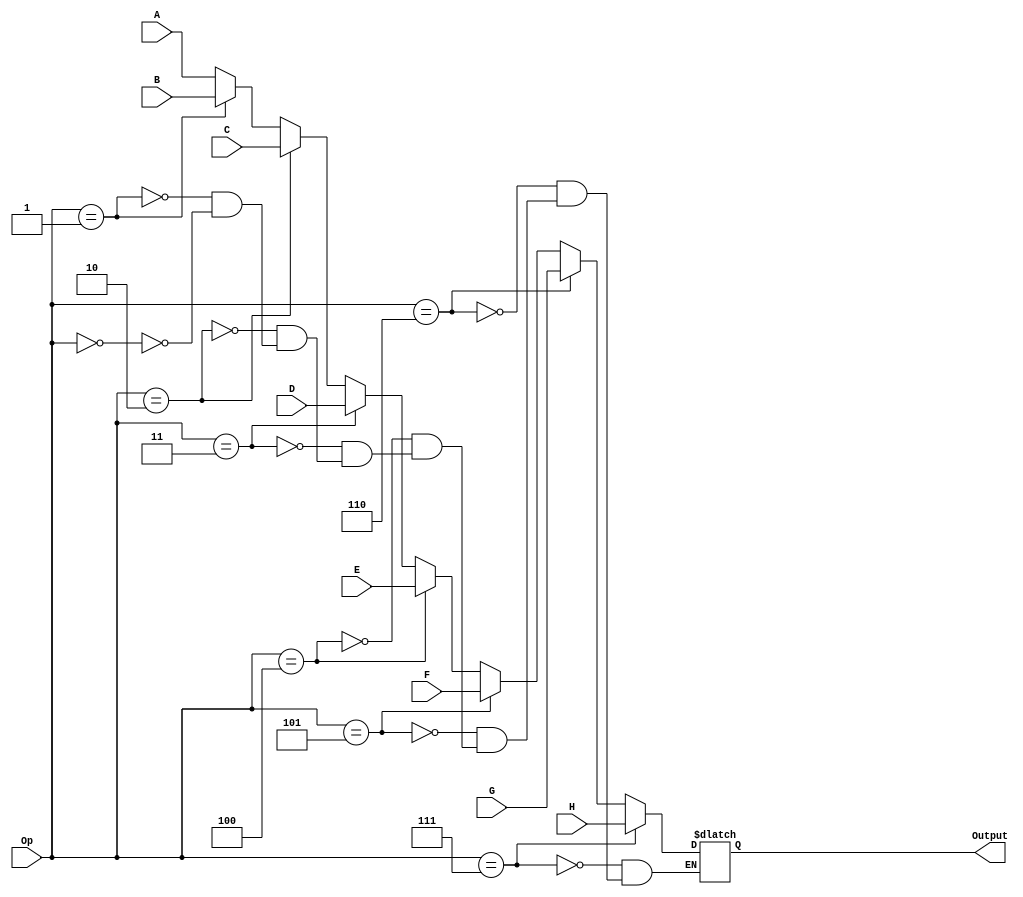
`timescale 1ns / 1ps
//////////////////////////////////////////////////////////////////////////////////
// Company: 
// Engineer: 
// 
// Design Name: 
// Module Name:    mux_16b_8input 
// Project Name: 
// Target Devices: 
// Tool versions: 
// Description: 
//
// Dependencies: 
//
// Revision: 
// Revision 0.01 - File Created
// Additional Comments: 
//
//////////////////////////////////////////////////////////////////////////////////
module mux_16b_8input(
    input [15:0] A,
    input [15:0] B,
    input [15:0] C,
    input [15:0] D,
    input [15:0] E,
    input [15:0] F,
    input [15:0] G,
    input [15:0] H,
    input [2:0] Op,
    output [15:0] Output
    );

reg [15:0] out;
	 assign Output = out;
always @ (*) begin
	if (Op == 0)
	out = A;
	
	if (Op == 1)
	out = B;
	
	if (Op == 2)
	out = C;
	
	if (Op == 3)
	out = D;
	
	if (Op == 4)
	out = E;
	
	if (Op == 5)
	out = F;
	
	if (Op == 6)
	out = G;
	
	if (Op == 7)
	out = H;
	end

endmodule